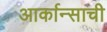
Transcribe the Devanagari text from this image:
आर्कान्साची